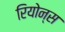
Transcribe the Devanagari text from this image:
रियोन्स